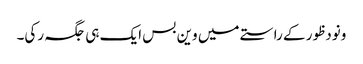
ونودظور کے راستے میں وین بس ایک ہی جگہ رکی۔